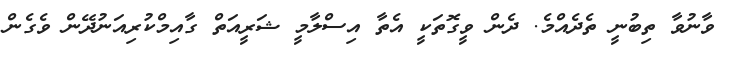
ވާނުވާ ތިބުނީ ތެދެއްމެ. ދެން ވީގޮތަކީ އެތާ އިސްލާމީ ޝަރީއަތް ގާއިމްކުރިއަނުދޭން ވެގެން